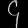
Digit: ၄